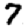
Digit: 7